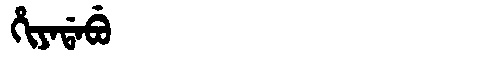
Manchu: ᡥᡳᠶᠠᡩᠠᠪᡠ
Romanization: HIYADABU